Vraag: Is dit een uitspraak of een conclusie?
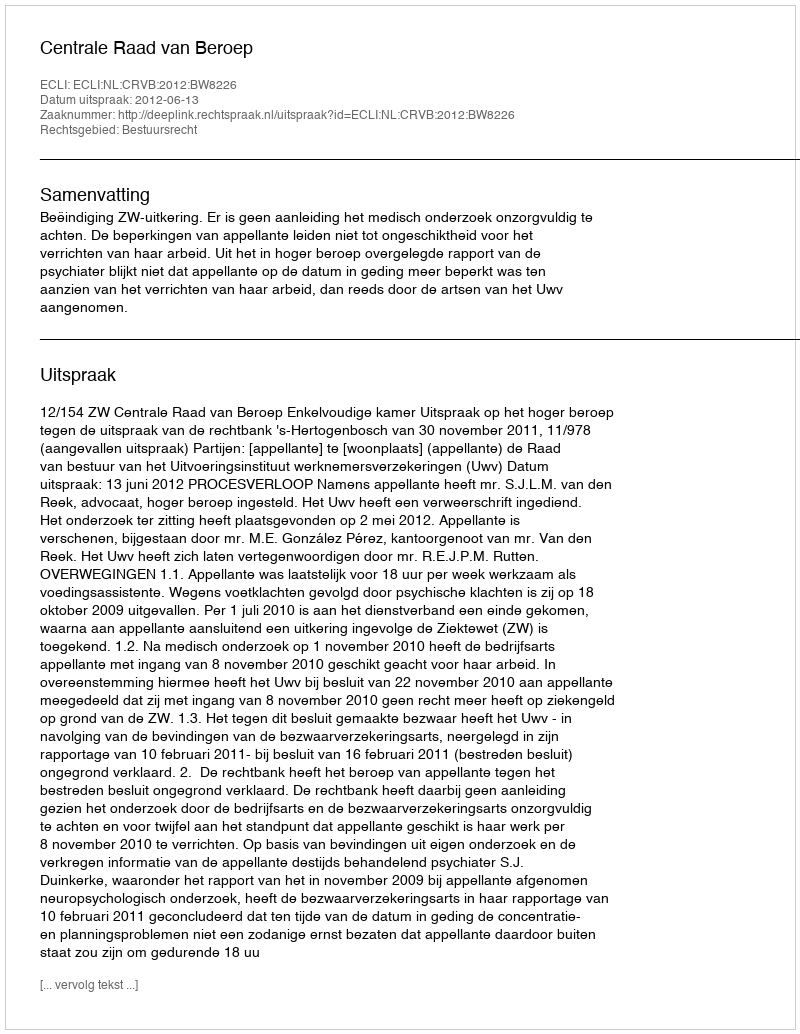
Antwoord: Uitspraak